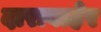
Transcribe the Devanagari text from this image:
दाराबाहेर